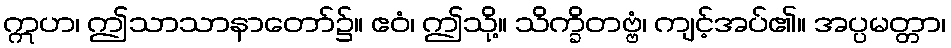
ဣဟ၊ ဤသာသာနာတော်၌။ ဧဝံ၊ ဤသို့။ သိက္ခိတဗ္ဗံ၊ ကျင့်အပ်၏။ အပ္ပမတ္တာ၊